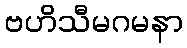
ဗဟိသီမဂမနာ